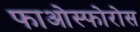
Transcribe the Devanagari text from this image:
फाओस्फोरोस